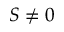
S \ne 0